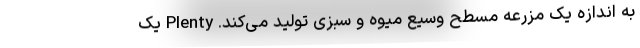
به اندازه یک مزرعه مسطح وسیع میوه و سبزی تولید می‌کند. Plenty یک